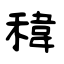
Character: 稦